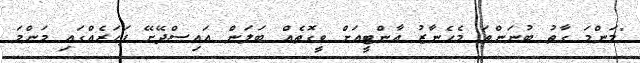
"މަންމަ ގާތު ބުނަންތަ މެހެނާޒު އާންޓީއަށް ވީގޮތެއް ބަލަން އައިސްދޭށޭ ފަހަރެއްގައި މަންމަ